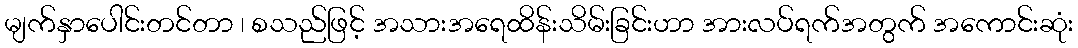
မျက်နှာပေါင်းတင်တာ ၊ စသည်ဖြင့် အသားအရေထိန်းသိမ်းခြင်းဟာ အားလပ်ရက်အတွက် အကောင်းဆုံး